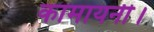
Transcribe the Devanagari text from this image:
कामायनी।